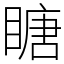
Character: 瞊